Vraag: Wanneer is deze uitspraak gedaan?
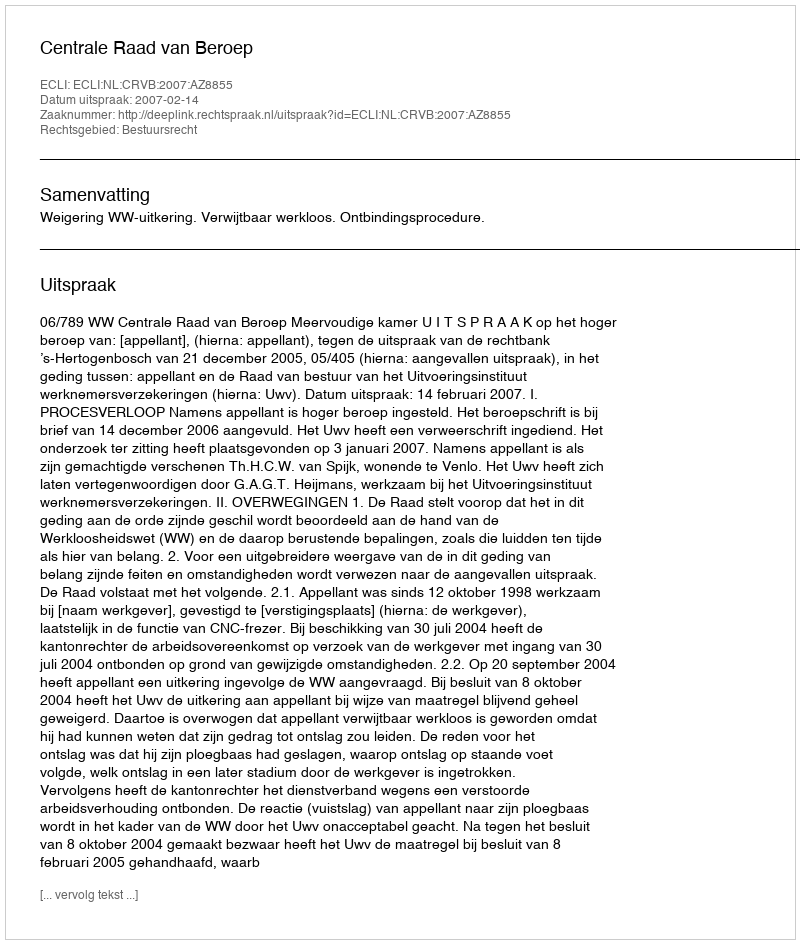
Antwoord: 2007-02-14